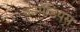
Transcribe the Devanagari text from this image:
कम्पेंडियस